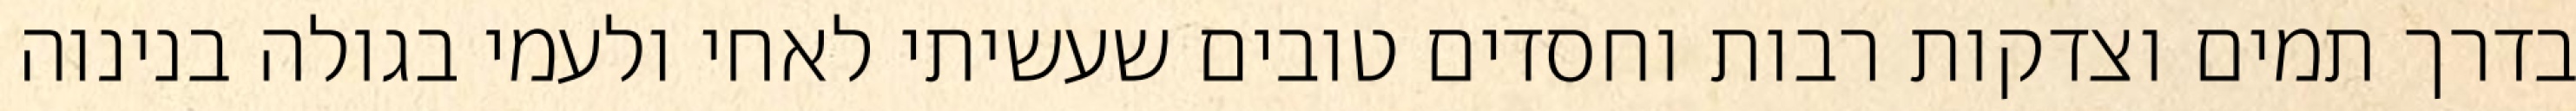
בדרך תמים וצדקות רבות וחסדים טובים שעשיתי לאחי ולעמי בגולה בנינוה